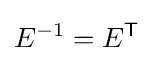
E^{-1}=E^{\mathsf {T}}